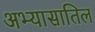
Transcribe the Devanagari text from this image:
अभ्यासातिल